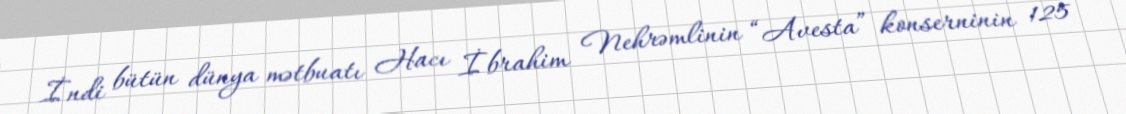
İndi bütün dünya mətbuatı Hacı İbrahim Nehrəmlinin “Avesta” konserninin 125